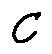
C